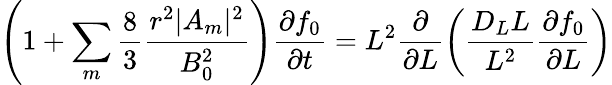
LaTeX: \left(1+\sum_{m}\frac{8}{3}\frac{r^{2}|A_{m}|^{2}}{B_{0}^{2}}\right)\frac{\partial f_{0}}{\partial t}=L^{2}\frac{\partial}{\partial L}\left(\frac{D_{L}L}{L^{2}}\frac{\partial f_{0}}{\partial L}\right)